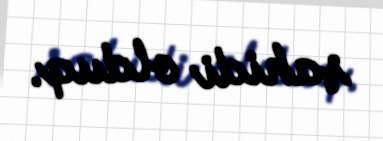
şahidi olduq.